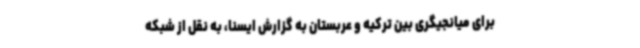
برای میانجیگری بین ترکیه و عربستان به گزارش ایسنا، به نقل از شبکه